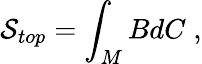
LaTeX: \mathcal{S}_{top}=\int_{M}BdC\; ,